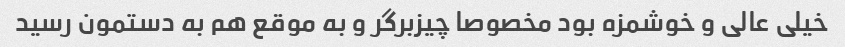
خیلی عالی و خوشمزه بود مخصوصا چیزبرگر و به موقع هم به دستمون رسید